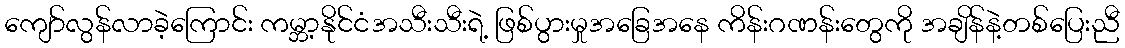
ကျော်လွန်လာခဲ့ကြောင်း ကမ္ဘာ့နိုင်ငံအသီးသီးရဲ့ ဖြစ်ပွားမှုအခြေအနေ ကိန်းဂဏန်းတွေကို အချိန်နဲ့တစ်ပြေးညီ